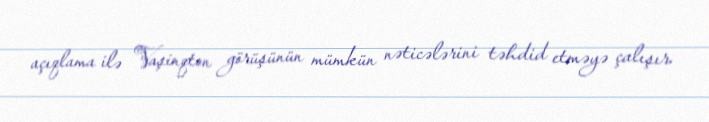
açıqlama ilə Vaşinqton görüşünün mümkün nəticələrini təhdid etməyə çalışır.